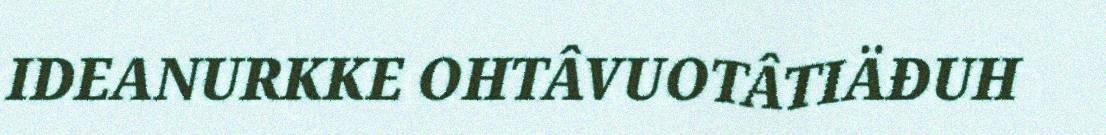
IDEANURKKE OHTÂVUOTÂTIÄĐUH